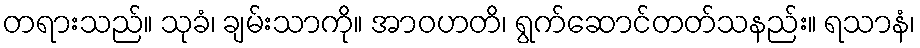
တရားသည်။ သုခံ၊ ချမ်းသာကို။ အာဝဟတိ၊ ရွက်ဆောင်တတ်သနည်း။ ရသာနံ၊